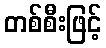
တစ်စီးဖြင့်